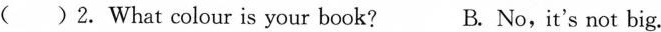
( )2.What colour is your book? B.No,it's not big.